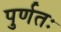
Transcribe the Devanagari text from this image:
पुर्णतः